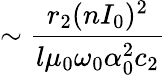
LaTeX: \sim\frac{r_{2}(nI_{0})^{2}}{l\mu_{0}\omega_{0}\alpha_{0}^{2}c_{2}}